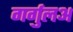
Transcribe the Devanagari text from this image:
गर्गुलअ